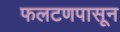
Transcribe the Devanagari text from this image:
फलटणपासून